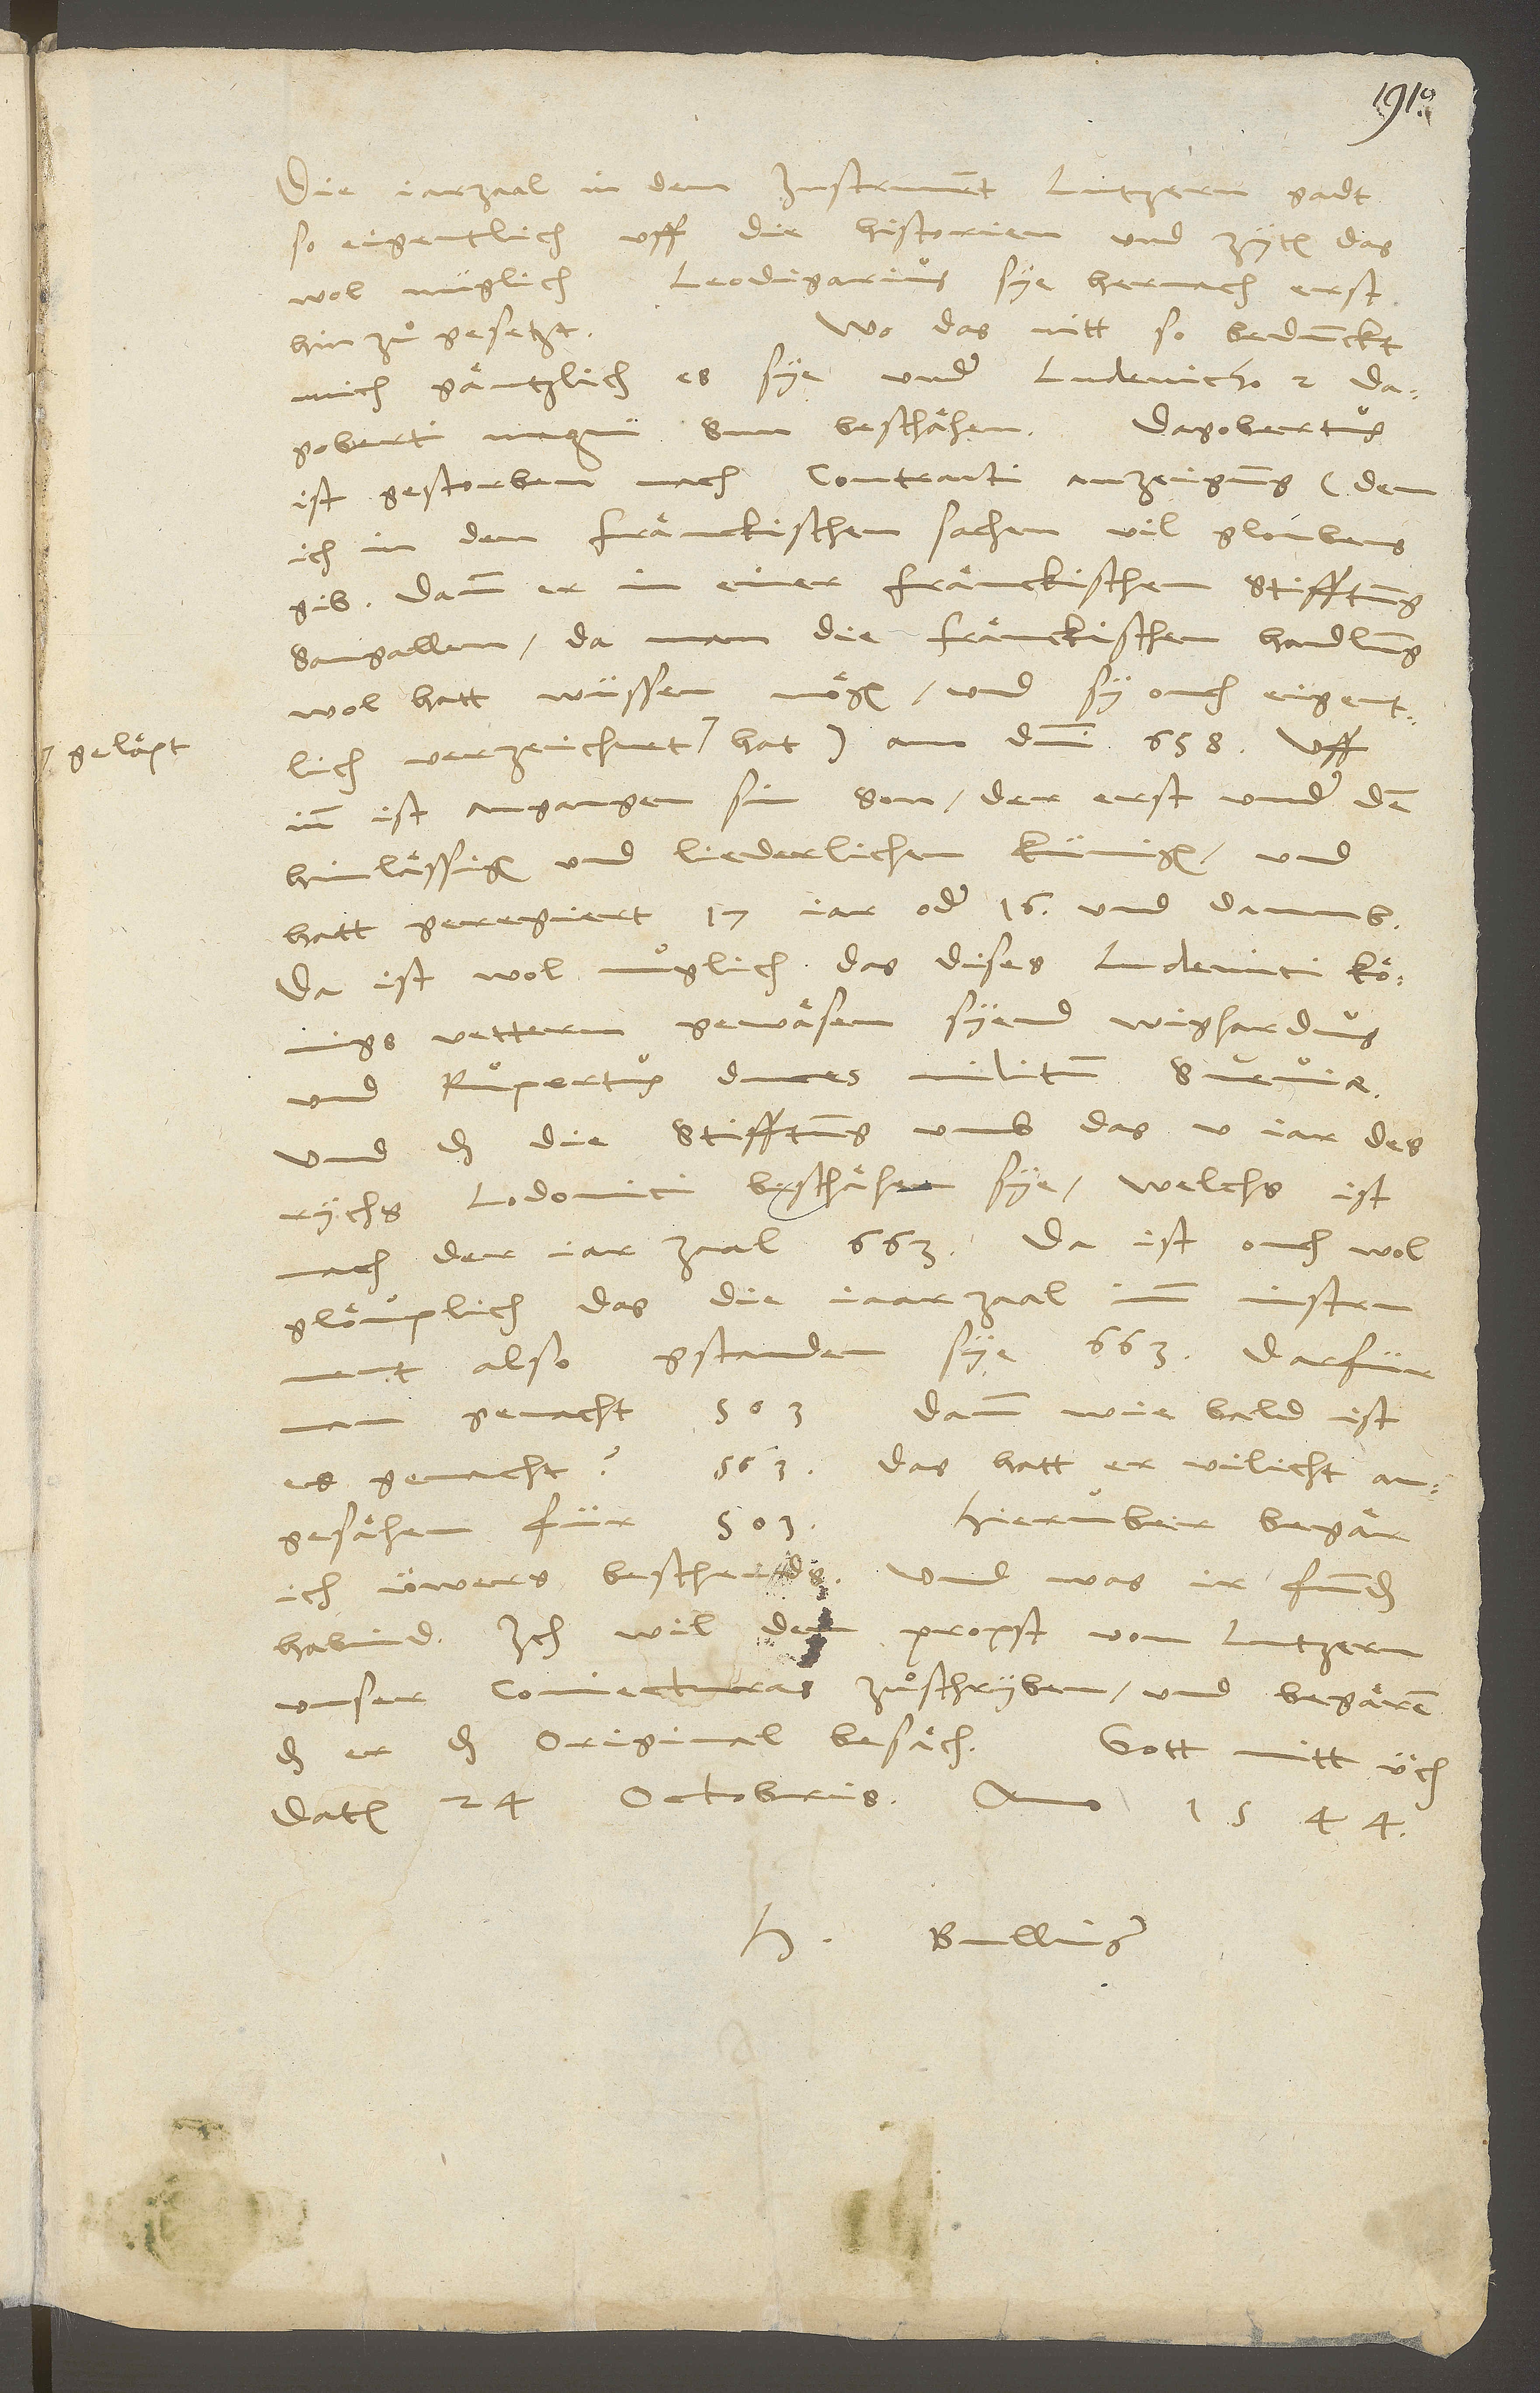
geläpt

Die jarzaal in dem Instrument Lutzern gadt
so eigentlich uff die historien und zyten, das
wol müglich, Leodigarius sye hernach erst
Wo das nitt, so bedunckt
hinzugesetzt.
mich gäntzlich, es sye under Ludevicho 2,
Dagoberti magni sun, beschähen. Dagobertus
ist gestorben nach Contracti anzeigung (dem
ich in den fränckischen sachen vil gloubens
gib, dann er in einer fränckischen stifftung
Sangallen, da man die fränckischen handlung
wol hatt wüssen mögen, und sy ouch eigentlich
inn ist angangen sin son, der erst under den
hinlässigen und liederlichen künigen, und
hatt geregiert 17 jar oder 16 und daumb.
Da ist wol müglich, das dises Ludevici königs
vettern gewäsen syend Wighardus
und Rupertus, duces militum Sueviae,
und das die stifftung umb das v. jar des
rychs Lodovici beschähen sye, welchs ist
nach der jar zaal 663. Da ist ouch wol
glouplich, das die iaar zaal im instrument
also gestanden sye 663; darfür
man gemacht 563; dann wie bald ist
es gemacht? 563, das hatt er villicht
Hierüber begär
angesähen für 503.
ich üwers bescheids, und was ir funden
habind. Ich wil dem propst von Lutzern
unser coniectura zuͦschryben, und begären,
das er das original besäch.
Gott mitt üch.
Datum 24. octobris anno 1544.
H Bullinger.